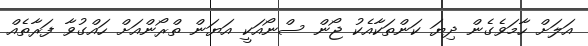
އަލަށް ހާމަވެގެން ދިޔަ ކަންތަކާއެކު ޖޯން ސްނޯއަކީ އަޔަން ތްރޯންއަށް ހައްގުވާ ފަރާތެއް